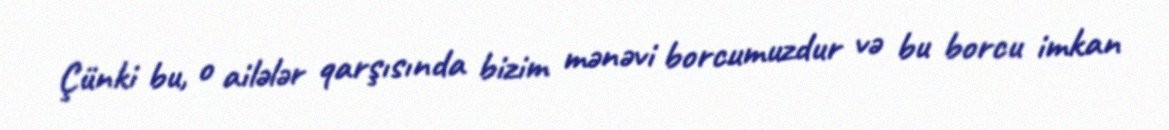
Çünki bu, o ailələr qarşısında bizim mənəvi borcumuzdur və bu borcu imkan